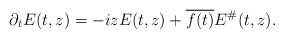
\begin{align*} \partial_t E (t,z) = -i z E(t,z ) + \overline{f(t)} E^\# (t,z).\end{align*}